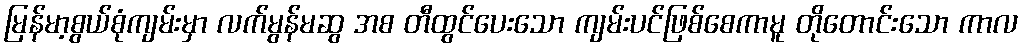
မြန်မာ့စွယ်စုံကျမ်းမှာ လက်မွန်မဆွ အစ တီထွင်ပေးသော ကျမ်းပင်ဖြစ်စေကာမူ တိုတောင်းသော ကာလ